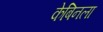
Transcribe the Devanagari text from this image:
केबिनला